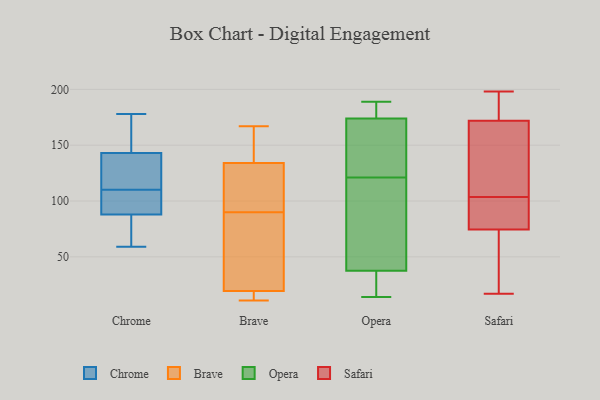
{"axis": {"x": "Operating Costs (USD K)", "y": "Value"}, "legend": ["Brave", "Chrome", "Opera", "Safari"], "data": [{"x": "", "y": 148, "type": "Chrome"}, {"x": "", "y": 123, "type": "Chrome"}, {"x": "", "y": 88, "type": "Chrome"}, {"x": "", "y": 143, "type": "Chrome"}, {"x": "", "y": 86, "type": "Chrome"}, {"x": "", "y": 73, "type": "Chrome"}, {"x": "", "y": 94, "type": "Chrome"}, {"x": "", "y": 178, "type": "Chrome"}, {"x": "", "y": 131, "type": "Chrome"}, {"x": "", "y": 88, "type": "Chrome"}, {"x": "", "y": 110, "type": "Chrome"}, {"x": "", "y": 143, "type": "Chrome"}, {"x": "", "y": 100, "type": "Chrome"}, {"x": "", "y": 173, "type": "Chrome"}, {"x": "", "y": 59, "type": "Chrome"}, {"x": "", "y": 50, "type": "Brave"}, {"x": "", "y": 17, "type": "Brave"}, {"x": "", "y": 133, "type": "Brave"}, {"x": "", "y": 150, "type": "Brave"}, {"x": "", "y": 95, "type": "Brave"}, {"x": "", "y": 135, "type": "Brave"}, {"x": "", "y": 17, "type": "Brave"}, {"x": "", "y": 11, "type": "Brave"}, {"x": "", "y": 97, "type": "Brave"}, {"x": "", "y": 124, "type": "Brave"}, {"x": "", "y": 43, "type": "Brave"}, {"x": "", "y": 13, "type": "Brave"}, {"x": "", "y": 22, "type": "Brave"}, {"x": "", "y": 143, "type": "Brave"}, {"x": "", "y": 85, "type": "Brave"}, {"x": "", "y": 167, "type": "Brave"}, {"x": "", "y": 189, "type": "Opera"}, {"x": "", "y": 18, "type": "Opera"}, {"x": "", "y": 14, "type": "Opera"}, {"x": "", "y": 133, "type": "Opera"}, {"x": "", "y": 78, "type": "Opera"}, {"x": "", "y": 183, "type": "Opera"}, {"x": "", "y": 147, "type": "Opera"}, {"x": "", "y": 121, "type": "Opera"}, {"x": "", "y": 79, "type": "Opera"}, {"x": "", "y": 186, "type": "Opera"}, {"x": "", "y": 24, "type": "Opera"}, {"x": "", "y": 74, "type": "Safari"}, {"x": "", "y": 179, "type": "Safari"}, {"x": "", "y": 102, "type": "Safari"}, {"x": "", "y": 17, "type": "Safari"}, {"x": "", "y": 80, "type": "Safari"}, {"x": "", "y": 105, "type": "Safari"}, {"x": "", "y": 173, "type": "Safari"}, {"x": "", "y": 161, "type": "Safari"}, {"x": "", "y": 177, "type": "Safari"}, {"x": "", "y": 171, "type": "Safari"}, {"x": "", "y": 81, "type": "Safari"}, {"x": "", "y": 75, "type": "Safari"}, {"x": "", "y": 196, "type": "Safari"}, {"x": "", "y": 114, "type": "Safari"}, {"x": "", "y": 40, "type": "Safari"}, {"x": "", "y": 140, "type": "Safari"}, {"x": "", "y": 68, "type": "Safari"}, {"x": "", "y": 78, "type": "Safari"}, {"x": "", "y": 23, "type": "Safari"}, {"x": "", "y": 198, "type": "Safari"}]}